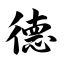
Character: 德